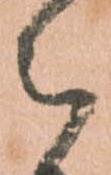
被